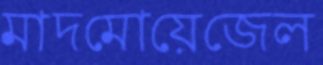
মাদমোয়েজেল